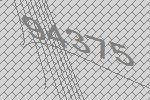
94375